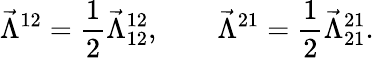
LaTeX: \vec{\Lambda}^{12}=\frac{1}{2}\vec{\Lambda}_{12}^{12},\qquad\vec{\Lambda}^{21}=\frac{1}{2}\vec{\Lambda}_{21}^{21}.